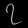
Digit: ၇